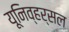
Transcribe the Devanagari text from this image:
यूनिव्हर्सल